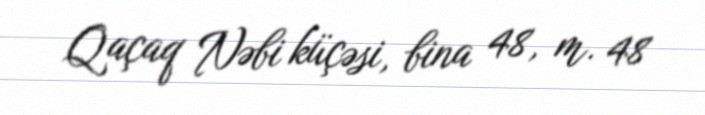
Qaçaq Nəbi küçəsi, bina 48, m. 48